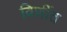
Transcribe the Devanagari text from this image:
विर्णीत